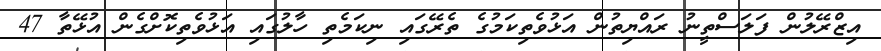
އިޒްރޭލުން ފަލަސްތީނު ރައްޔިތުން އަޅުވެތިކަމުގެ ތެރޭގައި ނިކަމެތި ހާލުގައި އަޅުވެތިކޮށްގެން އުޅޭތާ 47